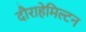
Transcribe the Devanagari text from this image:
दौराहेमिल्टन